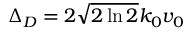
\Delta _ { D } = 2 \sqrt { 2 \ln 2 } k _ { 0 } v _ { 0 }